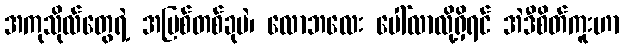
အကုသိုလ်တွေရဲ့ အမြစ်တစ်ခုပဲ၊ လောဘလေး ပေါ်လာလို့ရှိရင် အဲဒီစိတ်ကူးဟာ